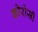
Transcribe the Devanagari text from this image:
कोरोसी